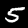
Digit: 5